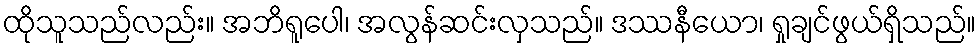
ထိုသူသည်လည်း။ အဘိရူပေါ၊ အလွန်ဆင်းလှသည်။ ဒဿနီယော၊ ရှုချင်ဖွယ်ရှိသည်။